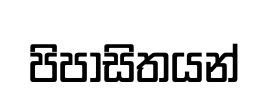
පිපාසිතයන්